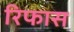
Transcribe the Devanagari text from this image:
रिफास